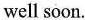
well soon.